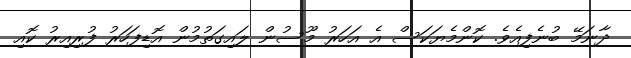
ދާނަމޭ ބުނެފިއެވެ. ކޮންމެޔަކަސް އެ އަހަރު މޫސުން ލައިގަތުމުން އޮޑިފަހަރު ފުރިއިރު ކޮއި